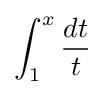
\int _{1}^{x}{\frac {dt}{t}}